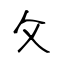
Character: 攵